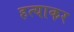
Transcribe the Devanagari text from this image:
हत्याकर